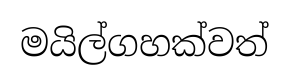
මයිල්ගහක්වත්